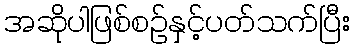
အဆိုပါဖြစ်စဉ်နှင့်ပတ်သက်ပြီး